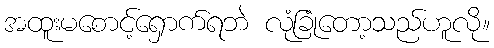
အထူးမစောင့်ရှောက်ရဘဲ လုံခြုံတော့သည်ဟူလို။